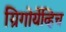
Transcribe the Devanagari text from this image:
ग्रिगोर्येव्हिच